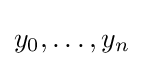
y_{0},\ldots ,y_{n}